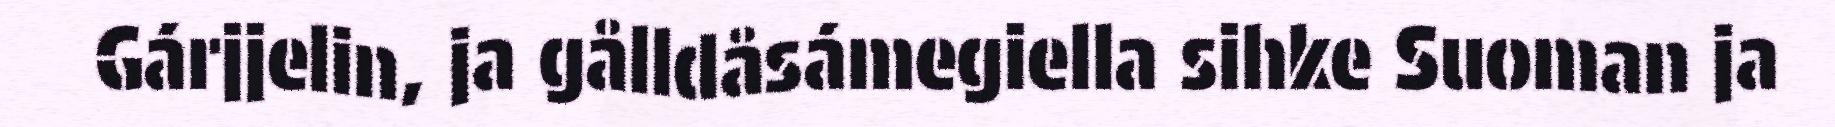
Gárjjelin, ja gålldåsámegiella sihke Suoman ja